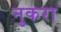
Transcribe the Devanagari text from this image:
नुकरा